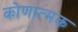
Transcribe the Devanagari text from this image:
कोणात्मक